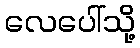
လေပေါ်သို့